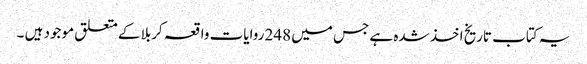
یہ کتاب تاریخ اخذ شدہ ہے جس میں 248 روایات واقعہ کربلا کے متعلق موجود ہیں ۔